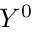
Y ^ { 0 }